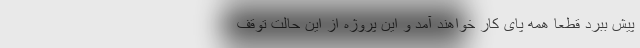
پیش ببرد قطعا همه پای کار خواهند آمد و این پروژه از این حالت توقف